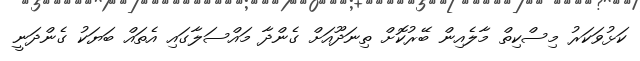
ކަޅުވަކަރު މިސްކިތް މާލެއިން ބޭރުކޮށް ތިނަދޫއަށް ގެންދާ މައްސަލާގައި އެތައް ބަޔަކު ގެންދަނީ